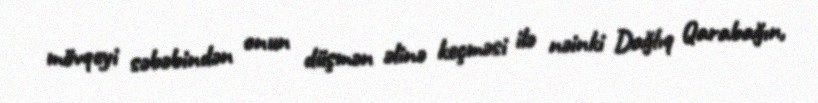
mövqeyi səbəbindən onun düşmən əlinə keçməsi ilə nəinki Dağlıq Qarabağın,